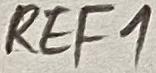
Text: REF1